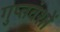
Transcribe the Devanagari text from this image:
गुप्तवंशों